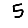
Digit: 5